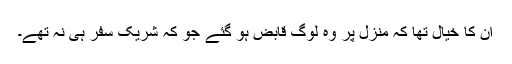
ان کا خیال تھا کہ منزل پر وہ لوگ قابض ہو گئے جو کہ شریک سفر ہی نہ تھے۔